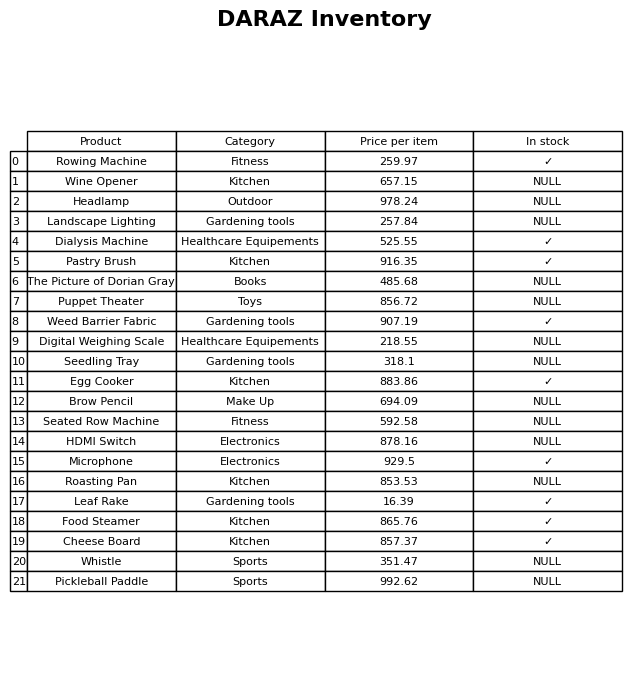
question: Is the Digital Weighing Scale in stock?
answer: NULL